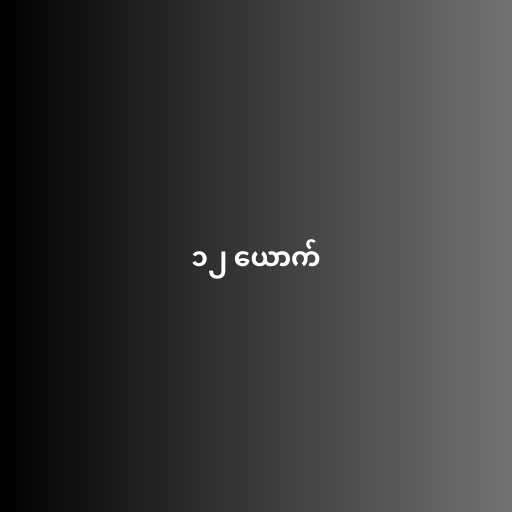
၁၂ ယောက်